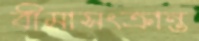
বীমাসংক্রান্ত